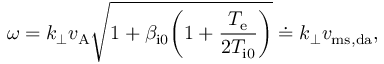
\omega = k _ { \perp } v _ { \mathrm { A } } \sqrt { 1 + \beta _ { \mathrm { i 0 } } \biggl ( 1 + \frac { T _ { \mathrm { e } } } { 2 T _ { \mathrm { i 0 } } } \biggr ) } \doteq k _ { \perp } v _ { \mathrm { m s , d a } } ,